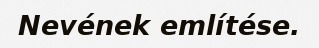
Nevének említése.